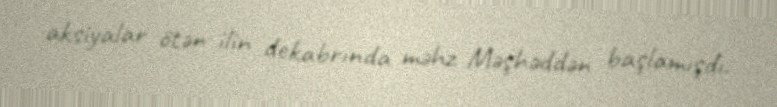
aksiyalar ötən ilin dekabrında məhz Məşhəddən başlamışdı.